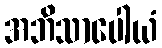
အဘိသာပေါယံ